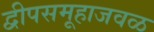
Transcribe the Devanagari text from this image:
द्वीपसमूहाजवळ